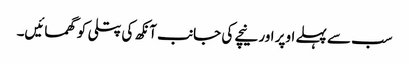
سب سے پہلے اوپر اور نیچے کی جانب آنکھ کی پتلی کو گھمائیں۔